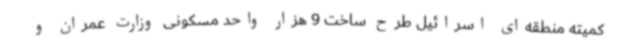
کمیته منطقه‌ای اسرائیل طرح ساخت 9 هزار واحد مسکونی وزارت عمران و